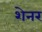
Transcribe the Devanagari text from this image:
शेनर